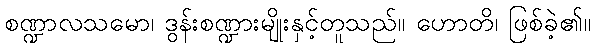
စဏ္ဍာလသမော၊ ဒွန်းစဏ္ဍားမျိုးနှင့်တူသည်။ ဟောတိ၊ ဖြစ်ခဲ့၏။